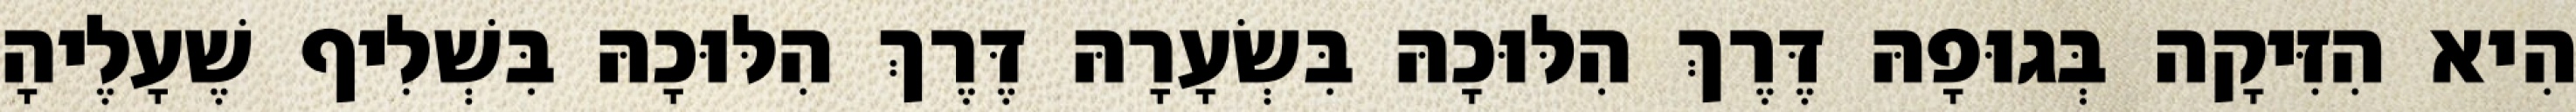
הִיא הִזִּיקָה בְּגוּפָהּ דֶּרֶךְ הִלּוּכָהּ בִּשְׂעָרָהּ דֶּרֶךְ הִלּוּכָהּ בִּשְׁלִיף שֶׁעָלֶיהָ